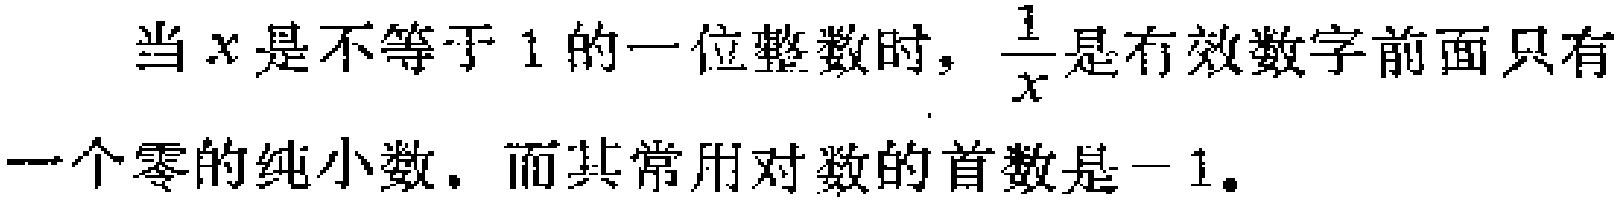
当\(x\)是不等于\(1\)的一位整数时，\(\frac{1}{x}\)是有效数字前面只有一个零的纯小数，而其常用对数的首数是\(-1\)。